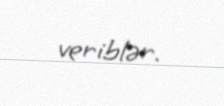
veriblər.